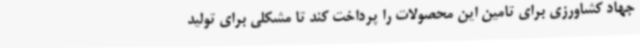
جهاد کشاورزی برای تامین این محصولات را پرداخت کند تا مشکلی برای تولید